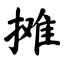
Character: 摊